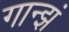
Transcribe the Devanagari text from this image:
गान्झं